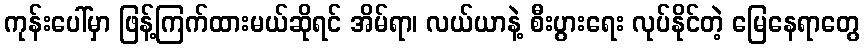
ကုန်းပေါ်မှာ ဖြန့်ကြက်ထားမယ်ဆိုရင် အိမ်ရာ၊ လယ်ယာနဲ့ စီးပွားရေး လုပ်နိုင်တဲ့ မြေနေရာတွေ